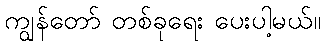
ကျွန်တော် တစ်ခုရေး ပေးပါ့မယ်။